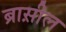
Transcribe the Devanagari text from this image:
ब्रास़ील